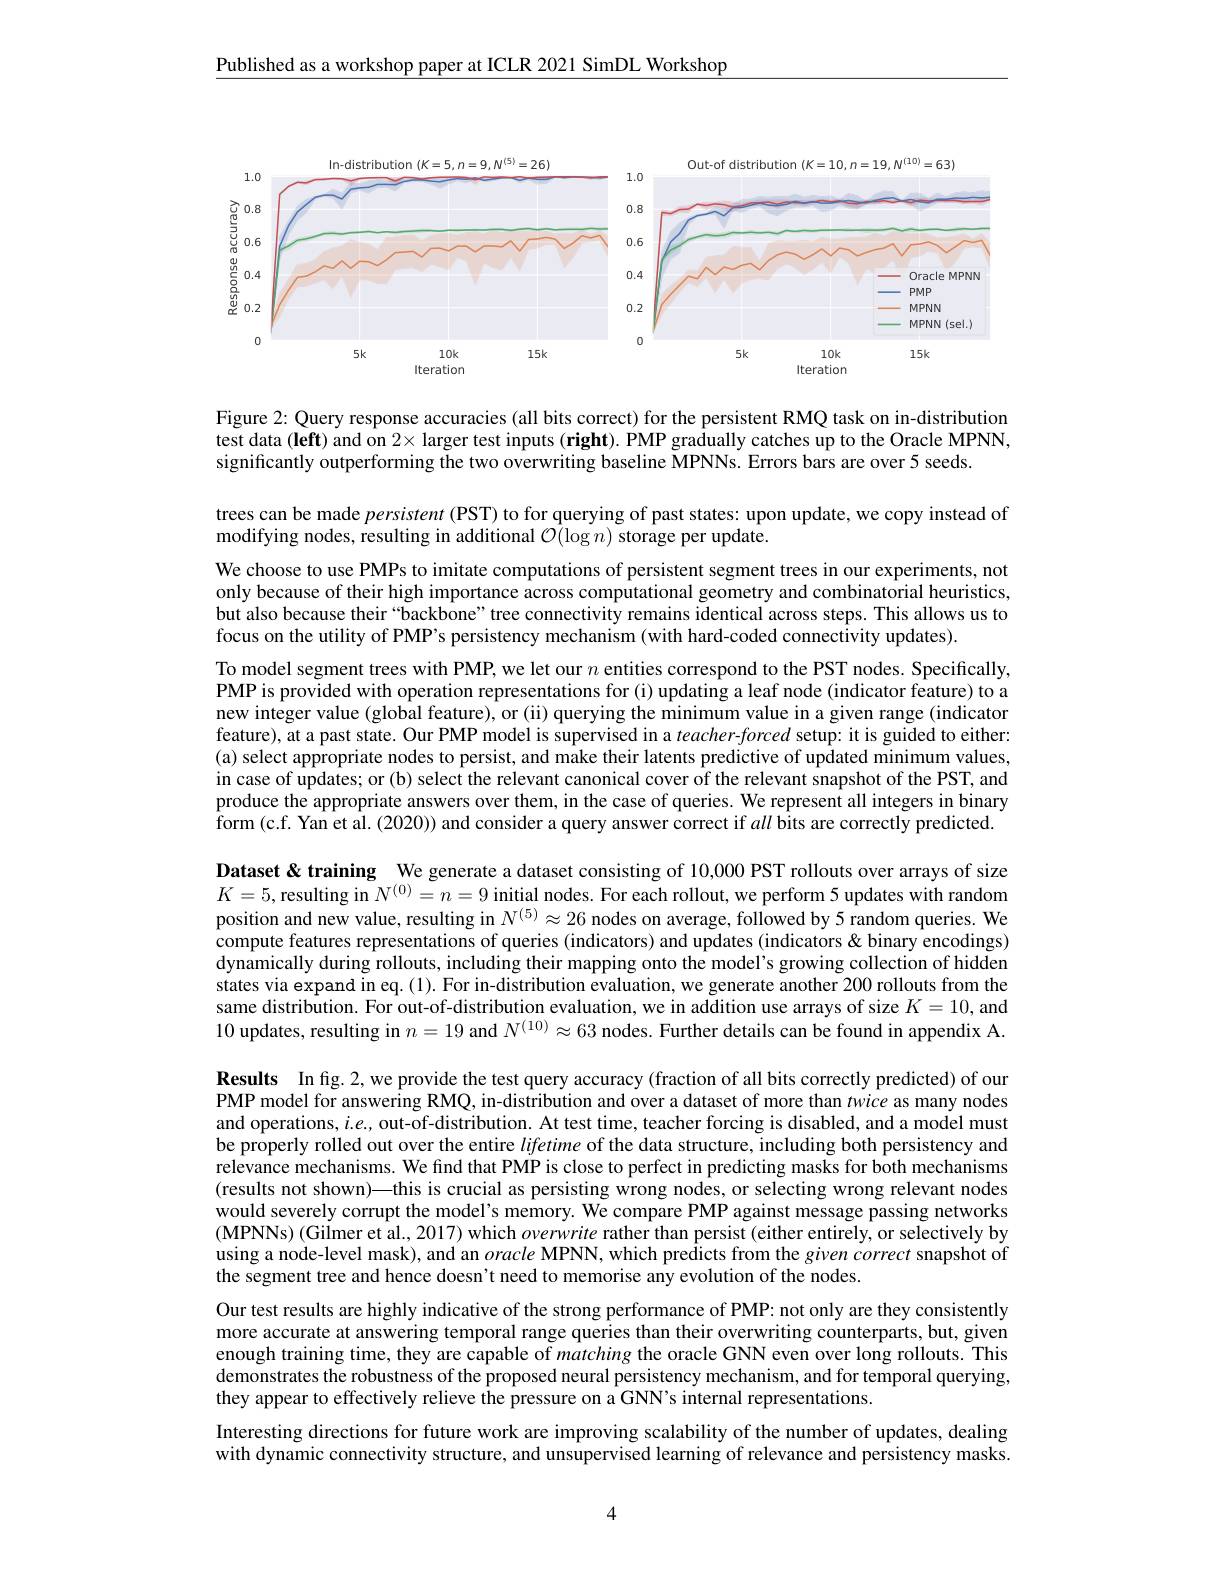
$\underline{\text{Published as a workshop paper at ICLR 2021 SimDL Workshop}}$

<FigureHere>

Figure 2: Query response accuracies (all bits correct) for the persistent RMQ task on in-distribution test data (left) and on $2\times$ larger test inputs (right). PMP gradually catches up to the Oracle MPNN, significantly outperforming the two overwriting baseline MPNNs. Errors bars are over 5 seeds.

trees can be made persistent (PST) to for querying of past states: upon update, we copy instead of
modifying nodes, resulting in additional $\mathcal{O}(\log n)$ storage per update.

Dataset & training We generate a dataset consisting of 10,000 PST rollouts over arrays of size $K=5$, resulting in $N^{(0)}=n=9$ initial nodes. For each rollout, we perform 5 updates with random position and new value, resulting in $N^{(5)}\approx26$ nodes on average, followed by 5 random queries. We compute features representations of queries (indicators) and updates (indicators &binary encodings) dynamically during rollouts, including their mapping onto the model's growing collection of hidden states via expand in eq.(1). For in-distribution evaluation, we generate another 200 rollouts from the same distribution. For out-of-distribution evaluation, we in addition use arrays of size $K=10$, and 10 updates, resulting in $n=19$ and $N^(10)\approx63$ nodes. Further details can be found in appendix A.

We choose to use PMPs to imitate computations of persistent segment trees in our experiments, not only because of their high importance across computational geometry and combinatorial heuristics, but also because their“backbone” tree connectivity remains identical across steps. This allows us to focus on the utility of PMP's persistency mechanism (with hard-coded connectivity updates).
To model segment trees with PMP, we let our $n$ entities correspond to the PST nodes. Specifically, PMP is provided with operation representations for (i) updating a leaf node (indicator feature) to a new integer value (global feature), or (ii) querying the minimum value in a given range (indicator feature), at a past state. Our PMP model is supervised in a $teacher-forced$ setup: it is guided to either: (a) select appropriate nodes to persist, and make their latents predictive of updated minimum values, in case of updates; or (b) select the relevant canonical cover of the relevant snapshot of the PST, and produce the appropriate answers over them, in the case of queries. We represent all integers in binary form (c.f. Yan et al. (2020)) and consider a query answer correct if all bits are correctly predicted. Results Infig.2,we provide the test query accuracy (fraction of all bits correctly predicted) of our PMP model for answering RMQ, in-distribution and over a dataset of more than twice as many nodes and operations, $i.e.$, out-of-distribution. At test time, teacher forcing is disabled, and a model must be properly rolled out over the entire lifetime of the data structure, including both persistency and relevance mechanisms. We find that PMP is close to perfect in predicting masks for both mechanisms (results not shown)—this is crucial as persisting wrong nodes, or selecting wrong relevant nodes would severely corrupt the model's memory. We compare PMP against message passing networks (MPNNs) (Gilmer et al., 2017) which overwrite rather than persist (either entirely, or selectively by using a node-level mask), and an oracle MPNN, which predicts from the given correct snapshot of the segment tree and hence doesn't need to memorise any evolution of the nodes.
Our test results are highly indicative of the strong performance of PMP: not only are they consistently more accurate at answering temporal range queries than their overwriting counterparts, but, given enough training time, they are capable of matching the oracle GNN even over long rollouts. This demonstrates the robustness of the proposed neural persistency mechanism, and for temporal querying, they appear to effectively relieve the pressure on a GNN's internal representations.
Interesting directions for future work are improving scalability of the number of updates, dealing

with dynamic connectivity structure, and unsupervised learning of relevance and persistency masks.

4